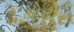
મોટોર